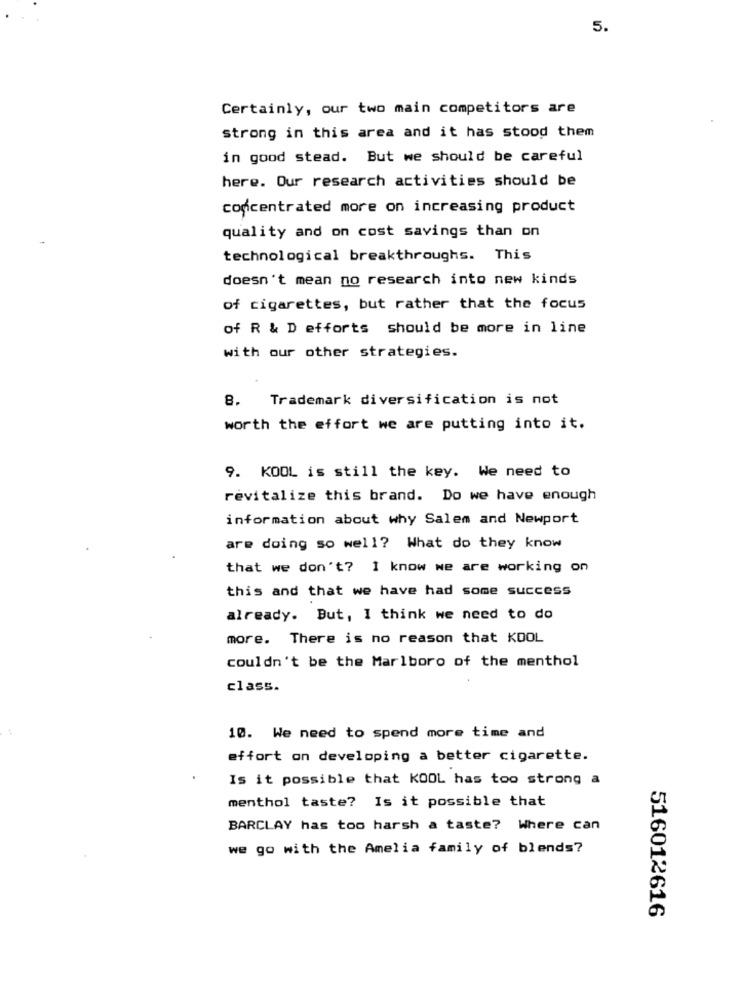
5.
Certainly, our two main competitors are
strong in this area and it has stood them
in good stead. But we should be careful
here. Our research activities should be
concentrated more on increasing product
quality and on cost savings than on
technological breakthroughs. This
doesn't mean no research into new kinds
of cigarettes, but rather that the focus
of R & D efforts should be more in line
with our other strategies.
8. Trademark diversification is not
worth the effort we are putting into it.
9. KOOL is still the key. We need to
revitalize this brand. Do we have enough
information about why Salem and Newport
are doing so well? What do they know
that we don't? 1 know we are working on
this and that we have had some success
already. But, I think we need to do
more. There is no reason that KOOL
couldn't be the Marlboro of the menthol
class.
10. We need to spend more time and
effort on developing a better cigarette.
Is it possible that KOOL has too strong a
menthol taste? Is it possible that
BARCLAY has too harsh a taste? Where can
we go with the Amelia family of blends?
516012616